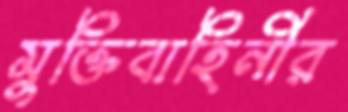
মুক্তিবাহিনীর